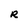
Character: R